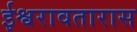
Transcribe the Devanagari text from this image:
ईश्वरावतारास